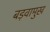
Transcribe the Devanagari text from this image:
बड़वामुख